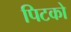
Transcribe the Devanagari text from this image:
पिटको